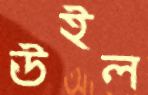
উইল